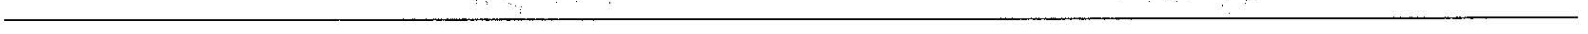
________________